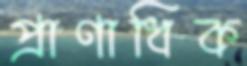
প্রাণাধিক